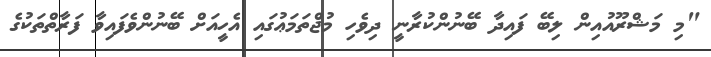
"މި މަޝްރޫއުއިން ލިބޭ ފައިދާ ބޭނުންކުރާނީ ދިވެހި މުޖްތަމަޢުގައި އެހީއަށް ބޭނުންވެފައިވާ ފަރާތްތަކުގެ